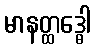
မာနတ္ထဒ္ဓေါ